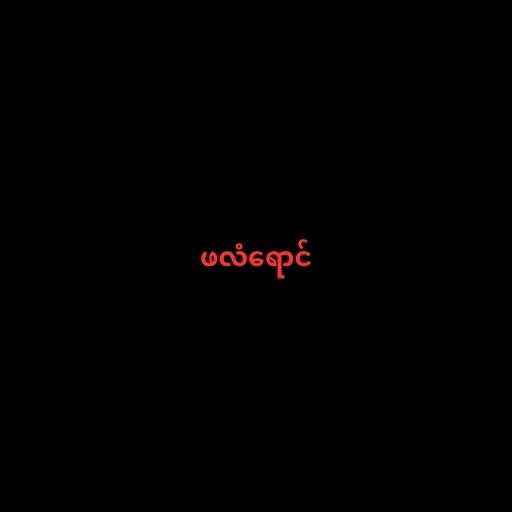
ဖလံရောင်